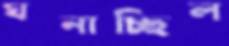
ঘনাচ্ছিল